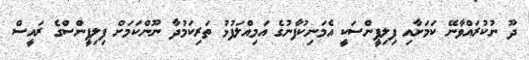
ދޫ ނުކުރައްވާނޭ ކަމަށާއި ފިލިޕީންސަކީ އެމަނިކުފާނުގެ އަމިއްލަފުޅު ތަރިކަމުދާ ނޫންކަމަށް ފިލިޕީންސްގެ ރައީސް